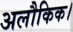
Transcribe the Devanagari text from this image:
अलौकिक।